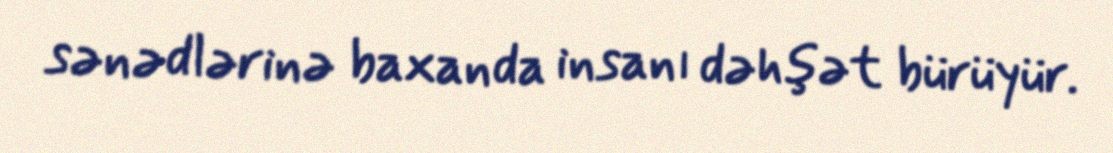
sənədlərinə baxanda insanı dəhşət bürüyür.